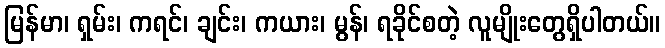
မြန်မာ၊ ရှမ်း၊ ကရင်၊ ချင်း၊ ကယား၊ မွန်၊ ရခိုင်စတဲ့ လူမျိုးတွေရှိပါတယ်။